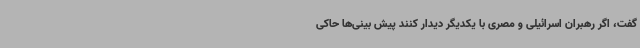
گفت، اگر رهبران اسرائیلی و مصری با یکدیگر دیدار کنند پیش بینی‌ها حاکی